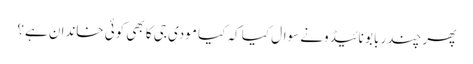
پھر چندر بابو نائیڈونے سوال کیا کہ کیا مودی جی کا بھی کوئی خاندان ہے؟